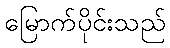
မြောက်ပိုင်းသည်